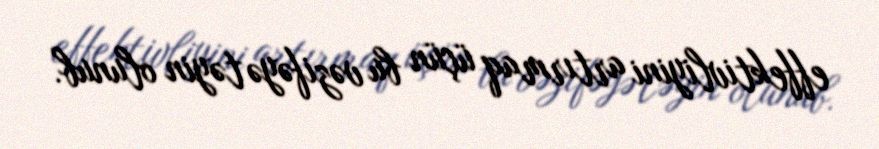
effektivliyini artırmaq üçün bu vəzifəyə təyin olunub.